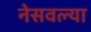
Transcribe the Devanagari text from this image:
नेसवल्या